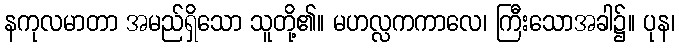
နကုလမာတာ အမည်ရှိသော သူတို့၏။ မဟလ္လကကာလေ၊ ကြီးသောအခါ၌။ ပုန၊